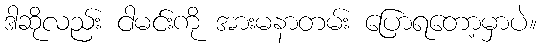
ဒါဆိုလည်း ငါမင်းကို အားမနာတမ်း ပြောရတော့မှာပဲ။